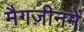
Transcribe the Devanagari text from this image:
मैगज़ीनमें